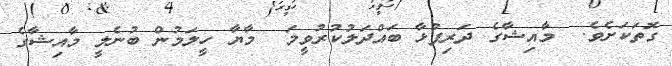
ގޮތަކަށެވެ.  މާއިޝާގެ ދަރިފުޅާ ބައްދަލުކުރުވީމަ  މާޔާ ހީލަމުން ބުނެލީ މާއިޝާގެ